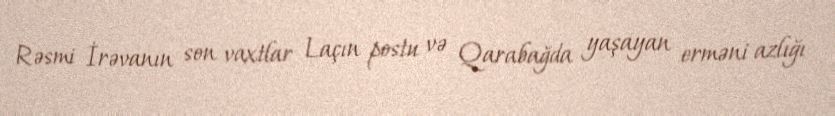
Rəsmi İrəvanın son vaxtlar Laçın postu və Qarabağda yaşayan erməni azlığı